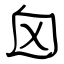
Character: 囟